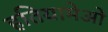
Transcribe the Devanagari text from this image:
हतियामेओ